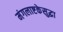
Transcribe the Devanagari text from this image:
मंगलाष्टकेसुद्धा